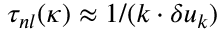
\tau _ { n l } ( \boldsymbol { \kappa } ) \approx 1 / ( k \cdot \delta u _ { k } )